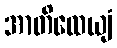
အာတိထေယျံ